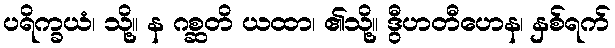
ပရိက္ခယံ၊ သို့။ န ဂစ္ဆတိ ယထာ၊ ၏သို့။ ဒွီဟတီဟေန၊ နှစ်ရက်